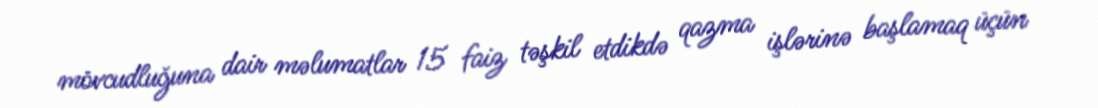
mövcudluğuna dair məlumatlar 15 faiz təşkil etdikdə qazma işlərinə başlamaq üçün